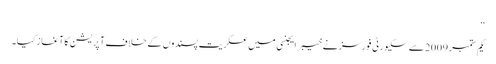
‘‘
یکم ستمبر 2009سے سکیورٹی فورسز نے خیبر ایجنسی میں عسکریت پسندوں کے خلاف آپریشن کا آغاز کیا۔